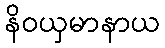
နိဝယှမာနာယ